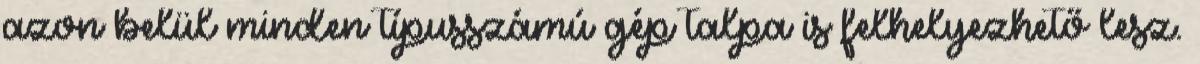
azon belül minden típusszámú gép talpa is felhelyezhető lesz.